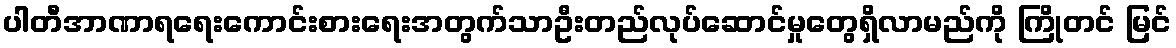
ပါတီအာဏာရရေးကောင်းစားရေးအတွက်သာဦးတည်လုပ်ဆောင်မှုတွေရှိလာမည်ကို ကြိုတင် မြင်